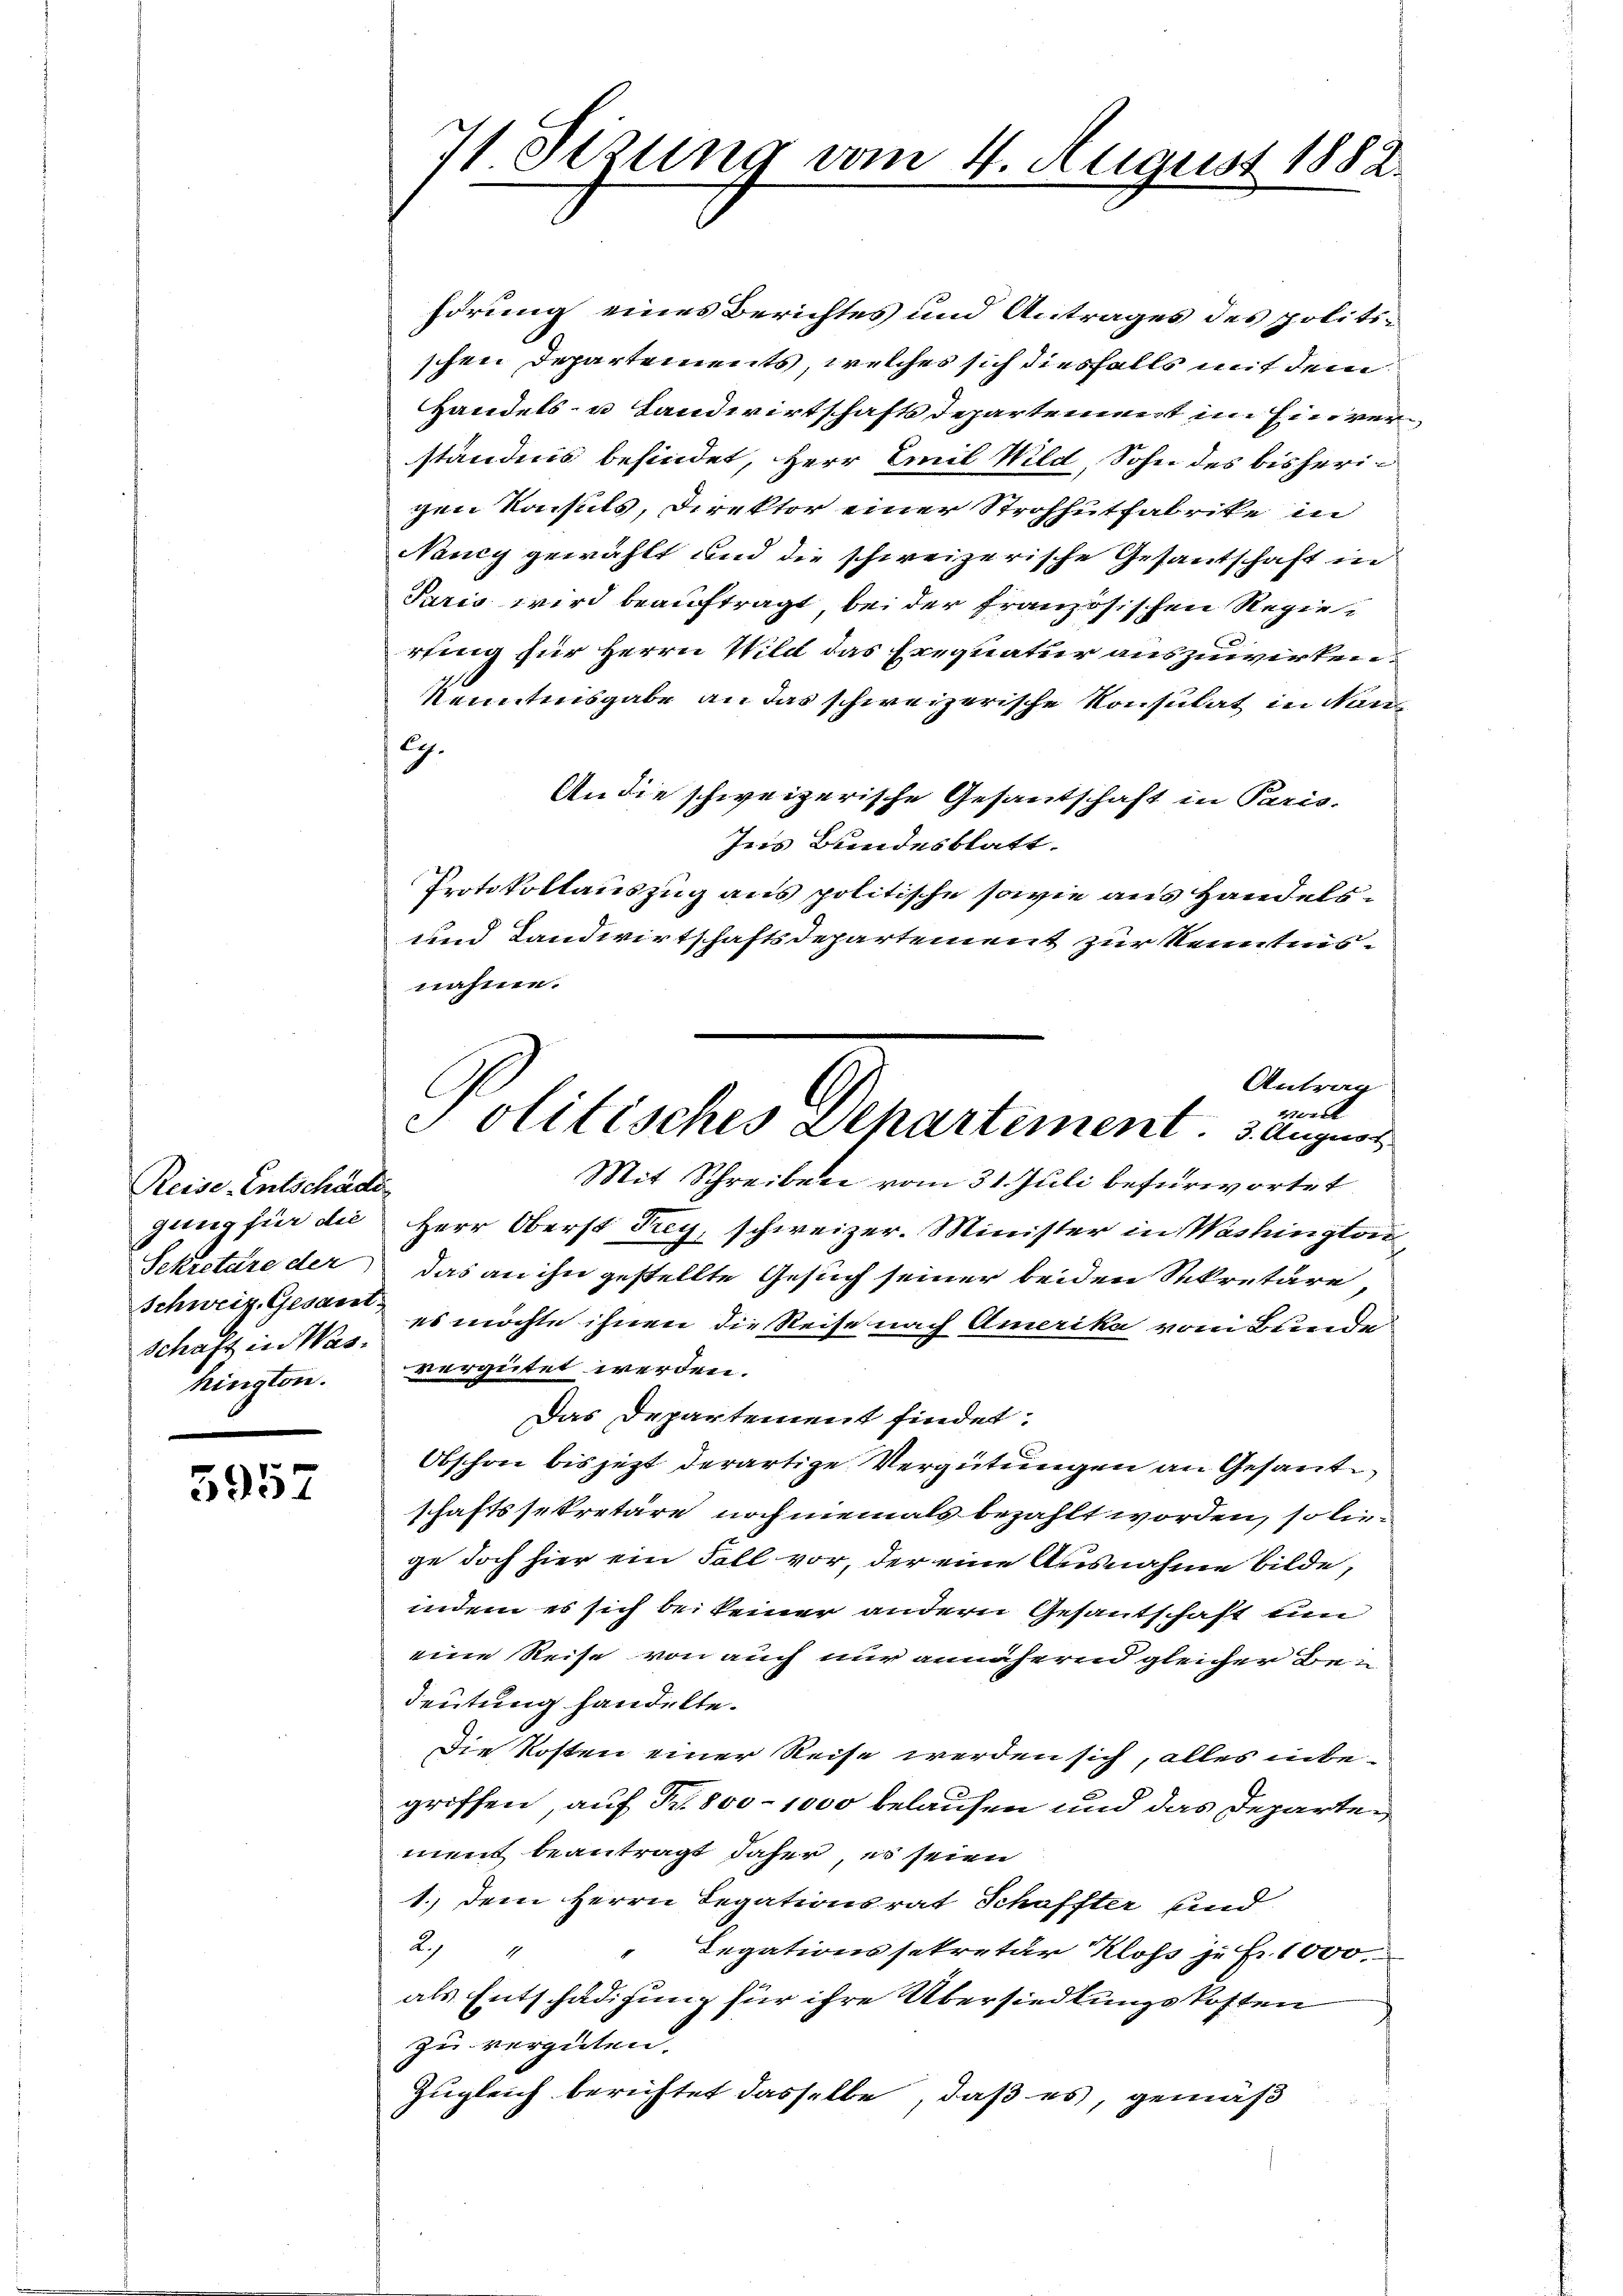
Reise Entschädi
gung für die
Sekretäre der
Schaft in Washington.

5957

71 Sizung vom 4. August 1882.

hörung eines Berichtes und Antrages des politischen Departements, welches sich diesfalls mit dem
Handels- u Landwirtschaftsdepartement in Ein verständnis befindet, Herr Emil Wild, Sohn des bisherig
gen Konsuls, Direktor einer Strohhutfabrike in
Nancy gewählt und die schweizerische Gesantschaft in
Paris wird beauftragt, bei der französischen Regierting für Herrn Wild das Exequatur auszuwirken.
kenntnisgabe an das schweizerische Konsulat in Nan
29.
An die schweizerische Gesantschaft in Paris.
Ins Bundesblatt.
Protokollauszug aus politische sowie aus Handels¬
und Landwirtschaftsdepartement zur Kenntnisnahme.
Mit Schreiben vom 31. Juli befürwortet
Herr Oberst Frey, schweizer. Minister in Washington
das an ihn gestellte Gesuch seiner beiden Sekretäre,
schweiz. Gesan es möchte ihnen die Reise nach Amerika vom Bunde
vergütet werden.
Das Departement findet.
Obschon bis jezt derartige Vergütungen an Gesandschaftssekretäre noch niemals bezahlt worden, so liege doch hier ein Fall vor, der eine Ausnahme bilde,
indem es sich bei keiner andern Gesantschaft ein
eine Reise von auch nur annäheren gleicher Bedeutung handelte.
Die Kosten einer Reise werden sich, alles inbegriffen, auf Fr. 800 - 1000 belaufen und das Departement beantragt daher, es seien
1.) Dem Herrn Legationsrat Schaffter und
2.4
 Legationssekretär Kloss zu Fr. 1000.
als Entschädigung für ihre Übersiedlungskosten
.
zu vergüten.
Zugleich berichtet dasselbe, daß es, gemäß

Antrag
vorde
Politisches Departement. 3. August